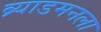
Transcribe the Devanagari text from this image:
ब्र्याडमनला